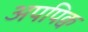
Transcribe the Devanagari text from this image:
अपपिक्व